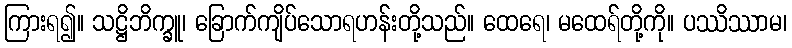
ကြားရ၍။ သဋ္ဌိဘိက္ခူ၊ ခြောက်ကျိပ်သောရဟန်းတို့သည်။ ထေရေ၊ မထေရ်တို့ကို။ ပဿိဿာမ၊